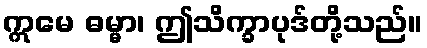
ဣမေ ဓမ္မာ၊ ဤသိက္ခာပုဒ်တို့သည်။